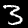
Digit: 3